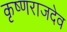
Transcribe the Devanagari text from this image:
कृष्णराजदेव